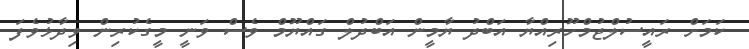
ކަމަށް ރައީސުލްޖުމްހޫރިއްޔާ އަބްދު ޔާމީން އަބްދުލް ގައްޔޫމް ވެސް ވަނީ މީގެކުރިން ވިދާޅުވެފަ